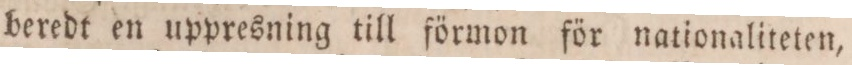
beredt en uppresning till förmon för nationaliteten,